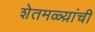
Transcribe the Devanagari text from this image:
शेतमळ्य़ांची